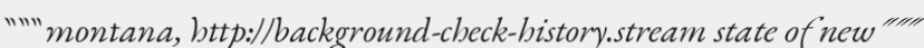
"""montana, http://background-check-history.stream state of new"""